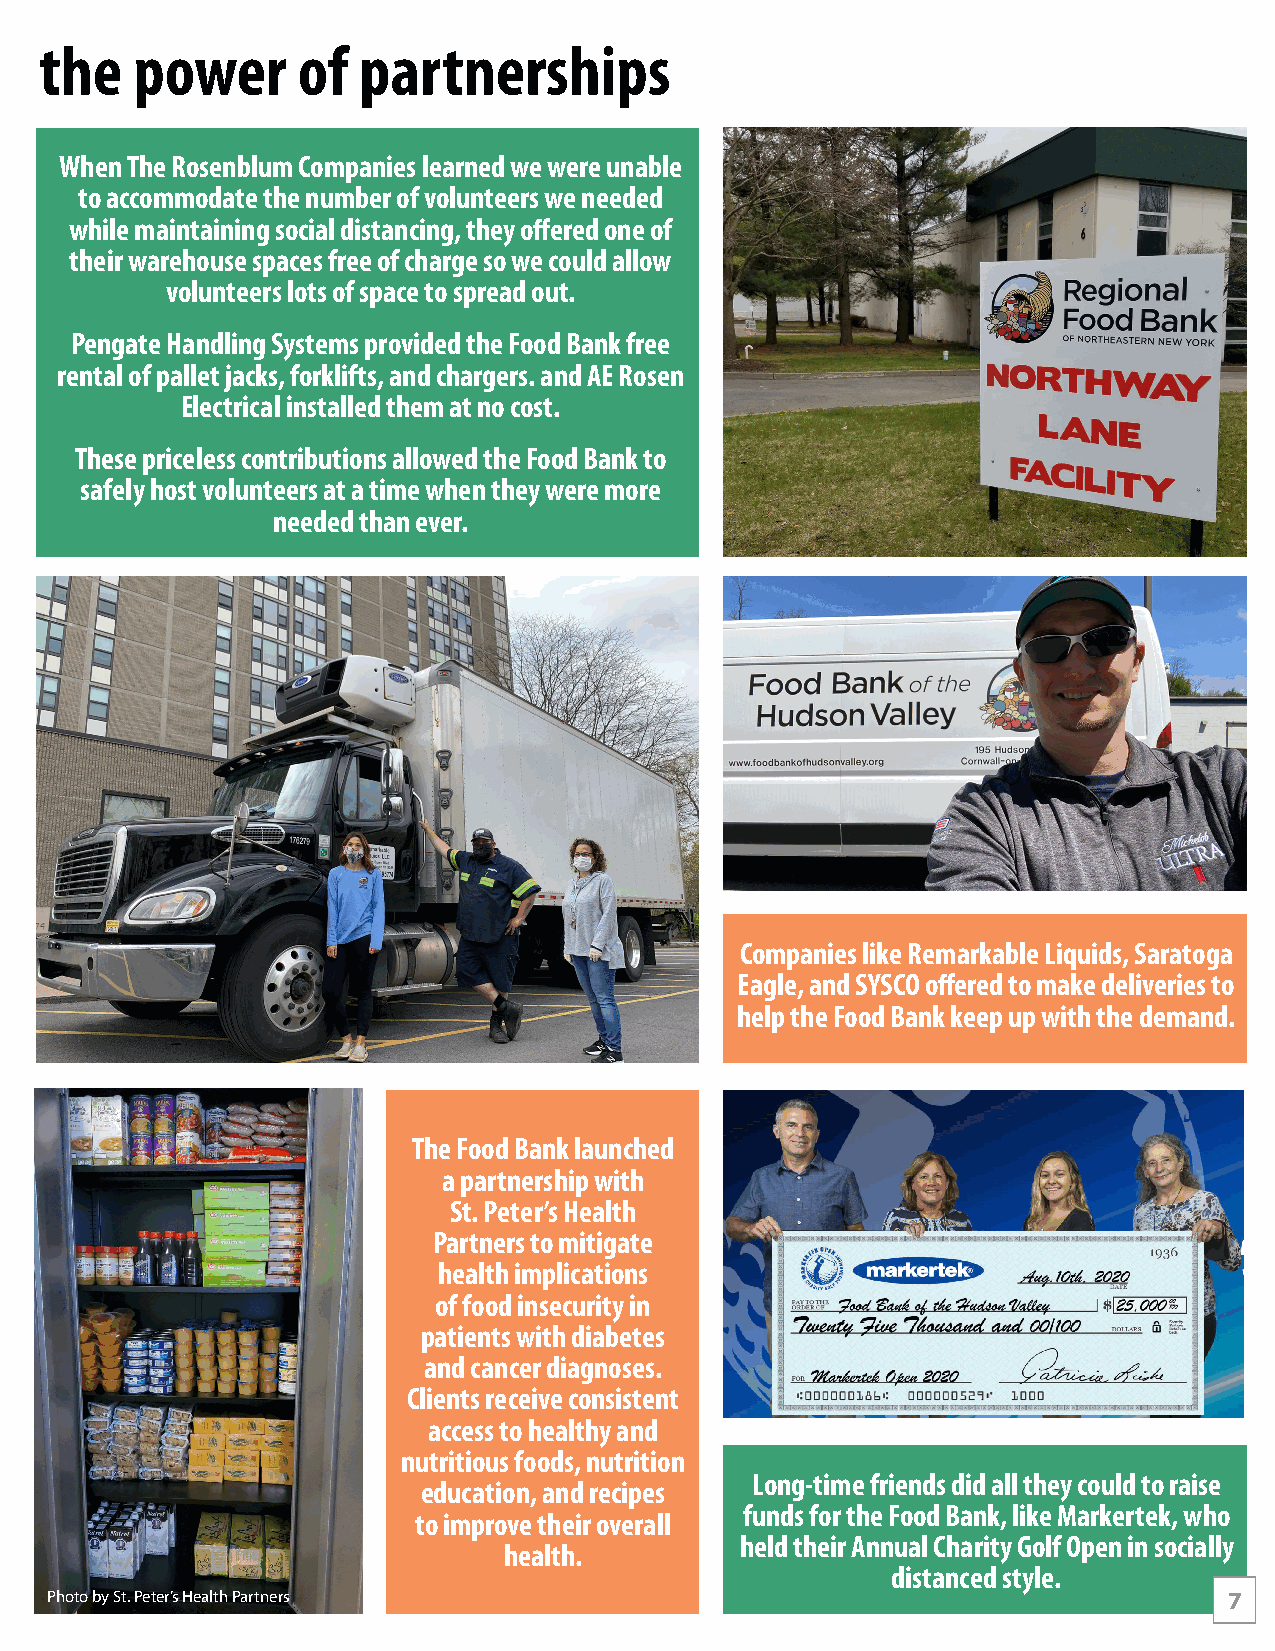
the   power      of  partnerships
 When The Rosenblum Companies learned we were unable
 to accommodate the number of volunteers we needed
 while maintaining social distancing, they offered one of
 their warehouse spaces free of charge so we could allow
 volunteers lots of space to spread out.
 Pengate Handling Systems provided the Food Bank free
 rental of pallet jacks, forklifts, and chargers. and AE Rosen
 Electrical installed them at no cost.
 These priceless contributions allowed the Food Bank to
 safely host volunteers at a time when they were more
 needed than ever.
 Companies like Remarkable Liquids, Saratoga
 Eagle, and SYSCO offered to make deliveries to
 help the Food Bank keep up with the demand.
 The Food Bank launched
 a partnership with
 St. Peter’s Health
 Partners to mitigate
 health implications
 of food insecurity in
 patients with diabetes
 and cancer diagnoses.
 Clients receive consistent
 access to healthy and
 nutritious foods, nutrition
 Long-time friends did all they could to raise
 education, and recipes
 funds for the Food Bank, like Markertek, who
 to improve their overall
 held their Annual Charity Golf Open in socially
 health.
 distanced style.
 Photo by St. Peter’s Health Partners                                          7